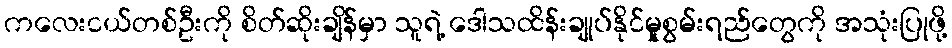
ကလေးငယ်တစ်ဦးကို စိတ်ဆိုးချိန်မှာ သူရဲ့ ဒေါသထိန်းချုပ်နိုင်မှုုစွမ်းရည်တွေကို အသုံးပြုဖို့